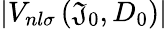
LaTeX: \left|V_{nl\sigma}\left(\mathfrak{J}_{0},D_{0}\right)\right|